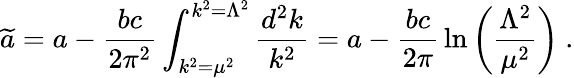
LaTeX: {\widetilde a}=a-{\frac{bc}{2\pi^{2}}}\int_{k^{2}=\mu^{2}}^{k^{2}=\Lambda^{2}}{\frac{d^{2}k}{k^{2}}}=a-{\frac{bc}{2\pi}}\ln\left({\frac{\Lambda^{2}}{\mu^{2}}}\right)~.